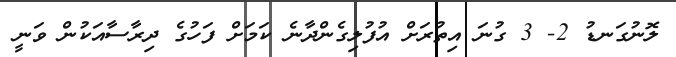
ލޮނުގަނޑު 2- 3 ގުނަ އިތުރަށް އުފުލިގެންދާނެ ކަމަށް ފަހުގެ ދިރާސާއަކުން ވަނީ